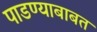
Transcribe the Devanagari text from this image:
पाडण्याबाबत